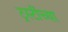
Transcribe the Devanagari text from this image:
ट्रस्टींच्या